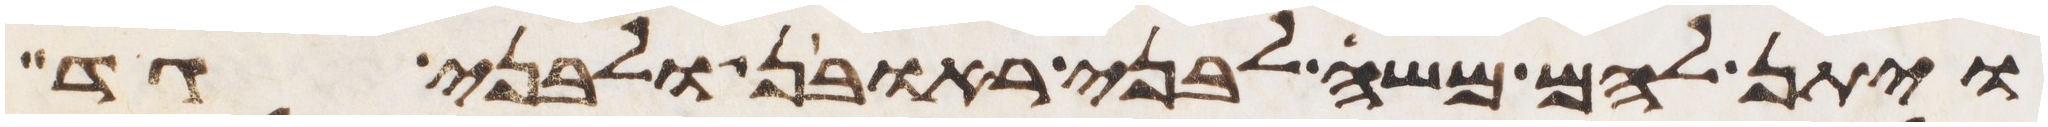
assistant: ויתן להם משה לבני ראובן ולבני גד